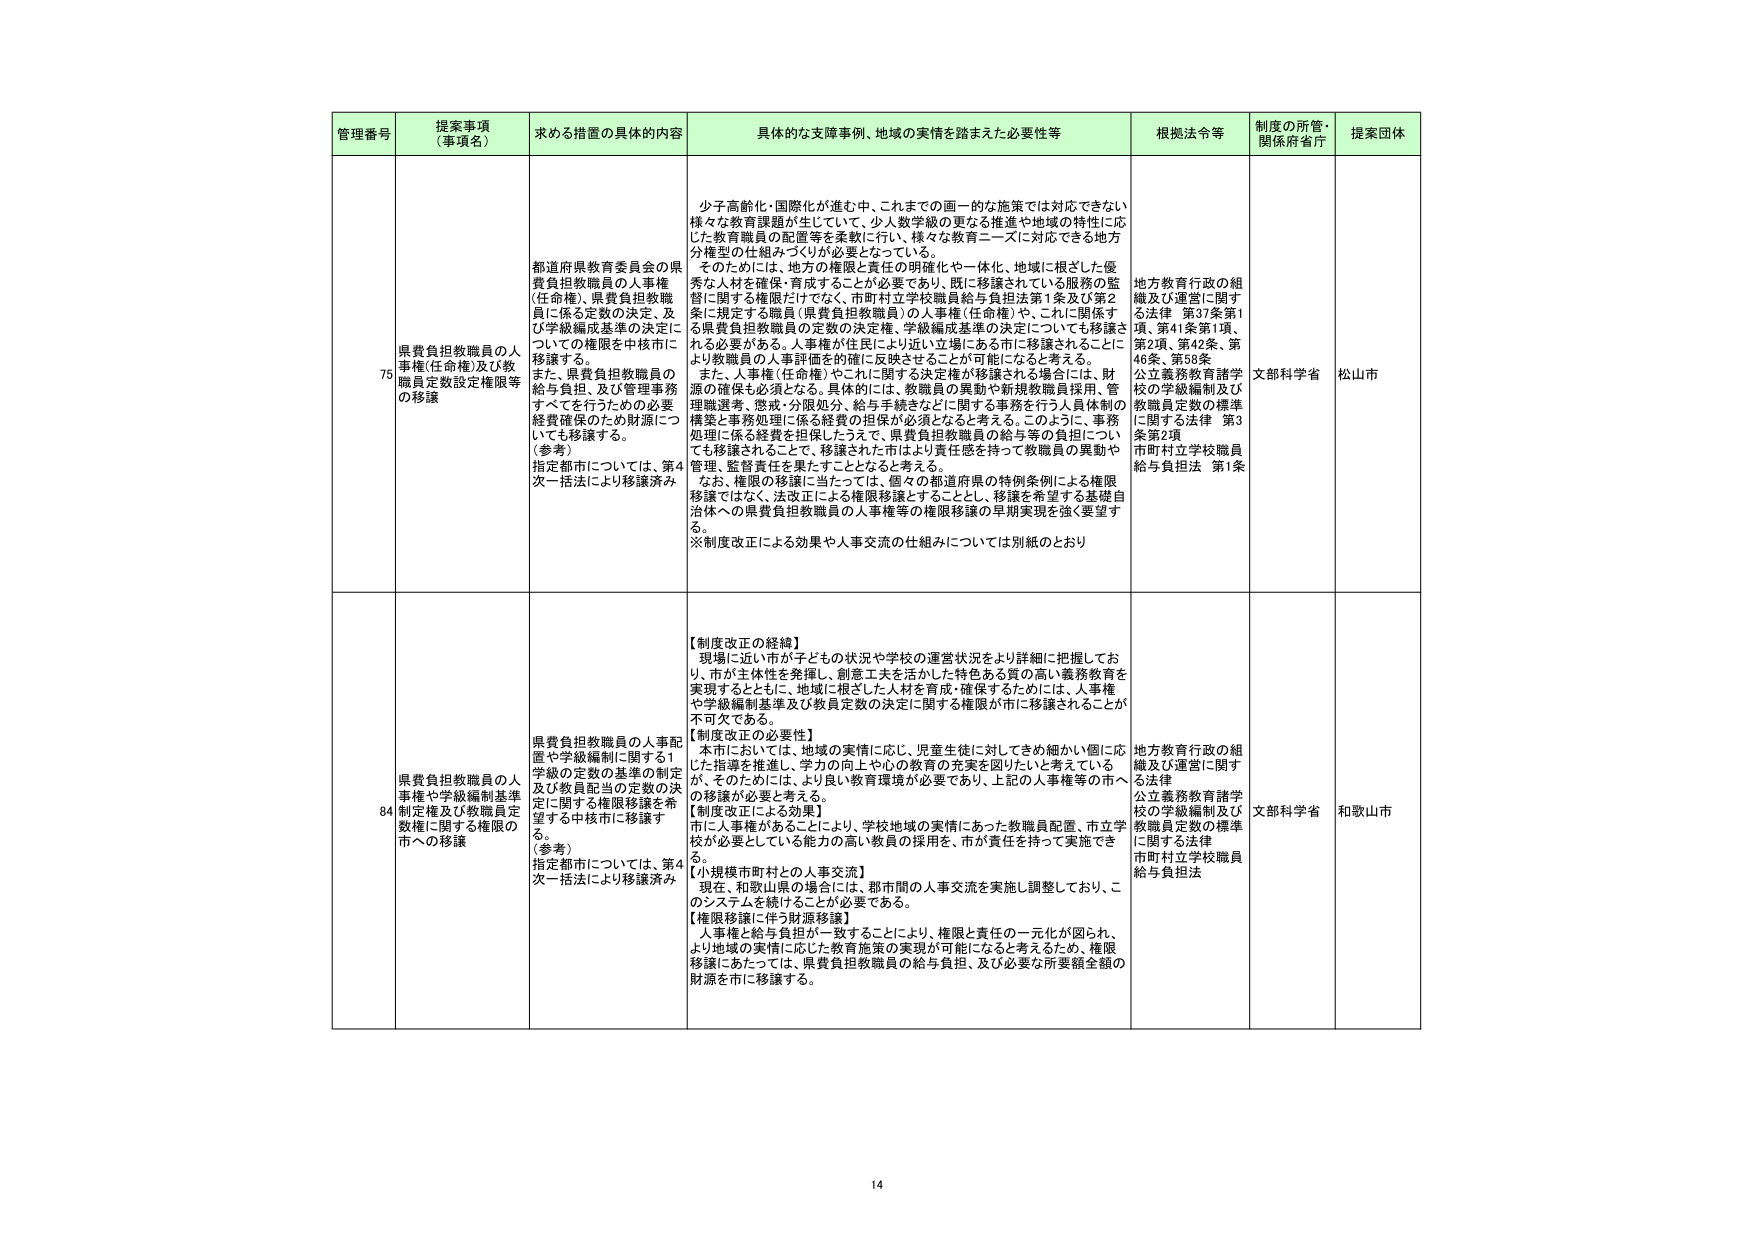
管理番号 提案事項（事項名） 求める措置の具体的内容 具体的な支障事例、地域の実情を踏まえた必要性等 根拠法令等 制度の所管・関係府省庁 提案団体

75 県費負担教職員の人事権（任命権）及び教職員定数設定権限等の移譲 都道府県教育委員会の県費負担教職員の人事権（任命権）、県費負担教職員に係る定数の決定、及び学級編成基準の決定についての権限を中核市に移譲する。 また、県費負担教職員の給与負担、及び管理事務すべてを行うための必要経費確保のため財源についても移譲する。 （参考） 指定都市については、第4次一括法により移譲済み 少子高齢化・国際化が進む中、これまでの画一的な施策では対応できない様々な教育課題が生じていて、少人数学級の更なる推進や地域の特性に応じた教育職員の配置等を柔軟に行い、様々な教育ニーズに対応できる地方分権型の仕組みづくりが必要となっている。 そのためには、地方の権限と責任の明確化や一体化、地域に根ざした優秀な人材を確保・育成することが必要であり、既に移譲されている服務の監督に関する権限だけでなく、市町村立学校職員給与負担法第1条及び第2条に規定する職員（県費負担教職員）の人事権（任命権）や、これに関係する県費負担教職員の定数の決定権、学級編成基準の決定についても移譲される必要がある。人事権が住民により近い立場にある市に移譲されることにより教職員の人事評価の確に反映させることが可能になると考える。 また、人事権（任命権）やこれに関する決定権が移譲される場合には、財源の確保も必須となる。具体的には、教職員の異動や新規教職員採用、管理職選考、懲戒・分限処分、給与手続きなどに関する事務を行う人員体制の構築と事務処理に係る経費の担保が必須となると考える。このように、事務処理に係る経費を担保したうえで、県費負担教職員の給与等の負担についても移譲されることで、移譲された市はより責任感を持って教職員の異動や管理、監督責任を果たすこととなると考える。 なお、権限の移譲に当たっては、個々の都道府県の特例条例による権限移譲ではなく、法改正による権限移譲とすることとし、移譲を希望する基礎自治体への県費負担教職員の人事権等の権限移譲の早期実現を強く要望する。 ※制度改正による効果や人事交流の仕組みについては別紙のとおり 地方教育行政の組織及び運営に関する法律 第37条第1項、第41条第1項、第2項、第42条、第46条、第58条 公立義務教育諸学校の学級編制及び教職員定数の標準に関する法律 第3条第2項 市町村立学校職員給与負担法 第1条 文部科学省 松山市

84 県費負担教職員の人事権や学級編制基準及び教員配当の定数の決定に関する権限移譲を希望する中核市に移譲する。 （参考） 指定都市については、第4次一括法により移譲済み 県費負担教職員の人事配置や学級編制に関する1学級の定数の基準の制定及び教員配当の定数の決定に関する権限移譲を希望する中核市に移譲する。 【制度改正の経緯】 現場に近い市が子どもとの状況や学校の運営状況をより詳細に把握しており、市が主体性を発揮し、創意工夫を活かした特色ある質の高い義務教育を実現するとともに、地域に根ざした人材を育成・確保するためには、人事権や学級編制基準及び教員定数の決定に関する権限が市に移譲されることが不可欠である。 【制度改正の必要性】 本市においては、地域の実情に応じ、児童生徒に対してきめ細かい個に応じた指導を推進し、学力の向上や心の教育の充実を図りたいと考えているが、そのためには、より良い教育環境が必要であり、上記の人事権等の市への移譲が必要と考える。 【制度改正による効果】 市に人事権があることにより、学校地域の実情にあった教職員配置、市立学校が必要としている能力の高い教員の採用を、市が責任を持って実施できる。 【小規模市町村との人事交流】 現在、和歌山県の場合には、都市間の人事交流を実施し調整しており、このシステムを続けることが必要である。 【権限移譲に伴う財源移譲】 人事権と給与負担が一致することにより、権限と責任の一元化が図られ、より地域の実情に応じた教育施策の実現が可能になると考えるため、権限移譲にあたっては、県費負担教職員の給与負担、及び必要な所要額全額の財源を市に移譲する。 地方教育行政の組織及び運営に関する法律 公立義務教育諸学校の学級編制及び教職員定数の標準に関する法律 市町村立学校職員給与負担法 文部科学省 和歌山市

14